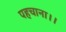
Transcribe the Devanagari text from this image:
पहचाना।।